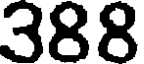
388